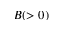
B ( > 0 )